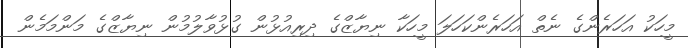
މީހަކު އަހަރެންގެ ނެތް އަހަރެންކަހަލަ މީހަކާ ނިޔާޒްގެ ދިރިއުޅުން ގުޅުވާލުމުން ނިޔާޒްގެ މަންމަމެން